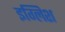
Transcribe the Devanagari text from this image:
इग्लिश